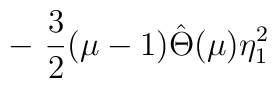
-~ \frac{3}{2} (\mu-1) \hat{\Theta}(\mu) \eta_1^2